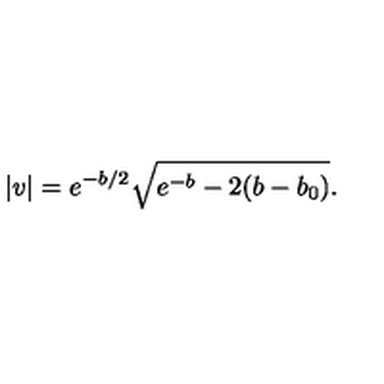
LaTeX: | v | = e ^ { - b / 2 } \sqrt { e ^ { - b } - 2 ( b - b _ { 0 } ) } .